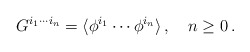
\begin{align*}G^{i_1\cdots i_n}= \langle\phi^{i_1}\cdots\phi^{i_n}\rangle\,, \quad n\geq 0\,.\end{align*}